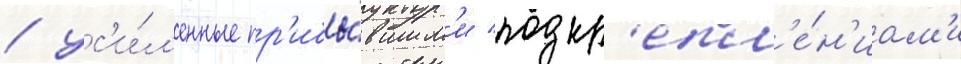
/ ус'и́л'енные пр'ибы́вшим'и подкр'епл'е́н'иам'и